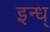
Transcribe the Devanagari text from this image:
इन्ध्‌